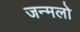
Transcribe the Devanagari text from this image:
जन्मलो